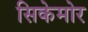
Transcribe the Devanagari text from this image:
सिकेमोर